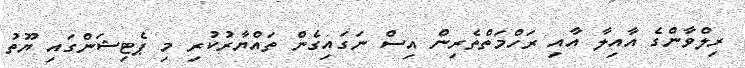
ރިލްވާންގެ އާއިލާ އާއި ރަހްމަތްތެރިން އިސް ނަގައިގެން ތައްޔާރުކުރި މި ޕެޓިޝަންގައި ޔޫތު